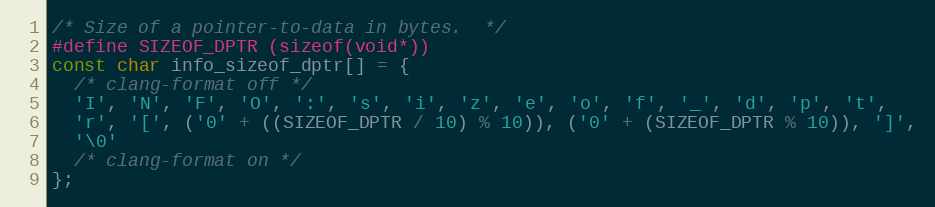
Language: C
/* Size of a pointer-to-data in bytes.  */
#define SIZEOF_DPTR (sizeof(void*))
const char info_sizeof_dptr[] = {
  /* clang-format off */
  'I', 'N', 'F', 'O', ':', 's', 'i', 'z', 'e', 'o', 'f', '_', 'd', 'p', 't',
  'r', '[', ('0' + ((SIZEOF_DPTR / 10) % 10)), ('0' + (SIZEOF_DPTR % 10)), ']',
  '\0'
  /* clang-format on */
};